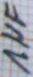
Text: 1µF